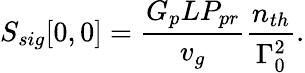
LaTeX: S_{sig}[0,0]=\frac{G_{p}LP_{pr}}{v_{g}}\frac{n_{th}}{\Gamma_{0}^{2}}.